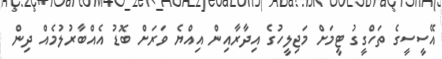
އޭސީސީގެ ތަހްގީގު ޓީމަށް މަޖިލީހުގެ އިދާރާއިން އިއްޔެ ވަރަށް ބޮޑު އެއްބާރުލުމެއް ދިން